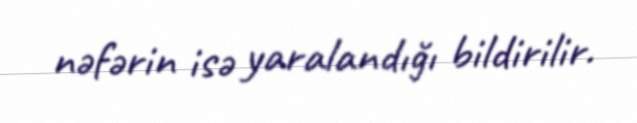
nəfərin isə yaralandığı bildirilir.